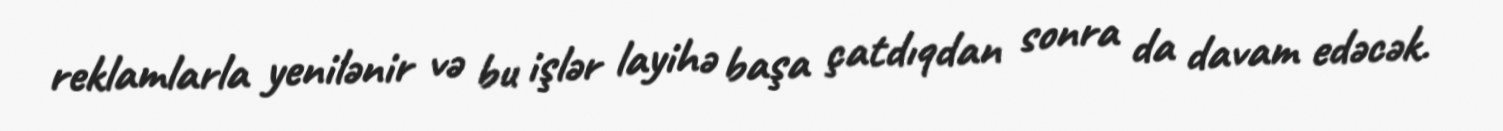
reklamlarla yenilənir və bu işlər layihə başa çatdıqdan sonra da davam edəcək.